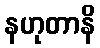
နဟုတာနိ